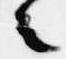
者